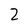
Character: 2